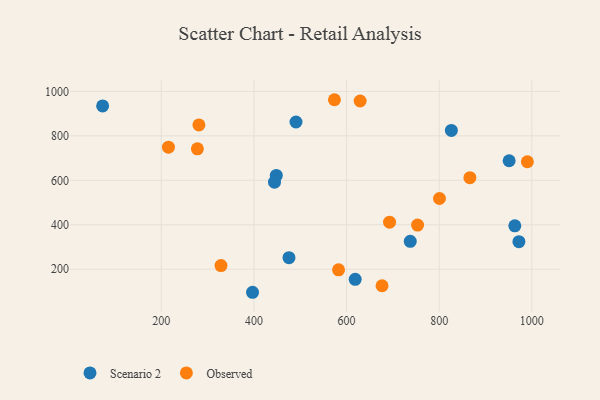
{"axis": {"x": "Distance", "y": "Exam Score"}, "legend": ["Observed", "Scenario 2"], "data": [{"x": "951.0", "y": 687.9, "type": "Scenario 2"}, {"x": "475.7", "y": 252.2, "type": "Scenario 2"}, {"x": "73.3", "y": 934.4, "type": "Scenario 2"}, {"x": "737.5", "y": 325.4, "type": "Scenario 2"}, {"x": "618.6", "y": 154.6, "type": "Scenario 2"}, {"x": "826.3", "y": 824.3, "type": "Scenario 2"}, {"x": "972.1", "y": 324.1, "type": "Scenario 2"}, {"x": "490.8", "y": 862.3, "type": "Scenario 2"}, {"x": "397.0", "y": 96.4, "type": "Scenario 2"}, {"x": "963.3", "y": 395.4, "type": "Scenario 2"}, {"x": "448.3", "y": 622.1, "type": "Scenario 2"}, {"x": "444.4", "y": 591.8, "type": "Scenario 2"}, {"x": "573.8", "y": 962.5, "type": "Observed"}, {"x": "629.3", "y": 956.8, "type": "Observed"}, {"x": "753.3", "y": 398.5, "type": "Observed"}, {"x": "328.9", "y": 216.4, "type": "Observed"}, {"x": "582.7", "y": 197.6, "type": "Observed"}, {"x": "990.4", "y": 683.6, "type": "Observed"}, {"x": "692.8", "y": 411.8, "type": "Observed"}, {"x": "676.6", "y": 125.8, "type": "Observed"}, {"x": "866.3", "y": 611.8, "type": "Observed"}, {"x": "800.6", "y": 518.1, "type": "Observed"}, {"x": "215.4", "y": 749.0, "type": "Observed"}, {"x": "281.2", "y": 849.0, "type": "Observed"}, {"x": "277.9", "y": 741.7, "type": "Observed"}]}